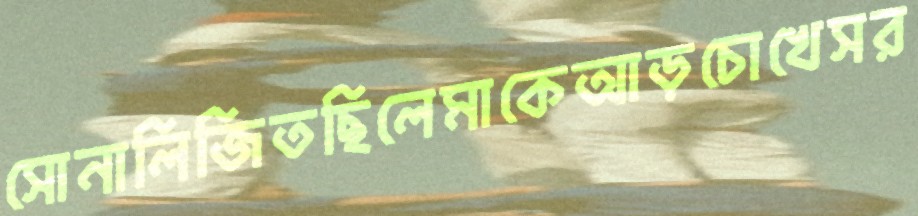
সোনালিজিতছিলেমাকেআড়চোখেসর